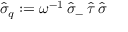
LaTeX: \hat { \sigma } _ { q } : = \omega ^ { - 1 } \, \hat { \sigma } _ { - } \, \hat { \tau } \, \hat { \sigma }